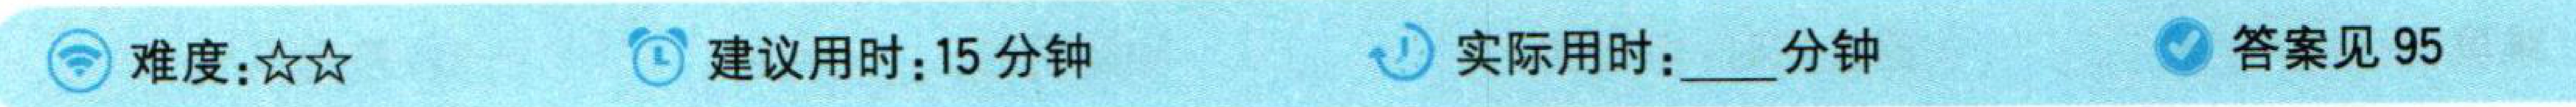
难度：★★ 建议用时：15分钟 答案见95